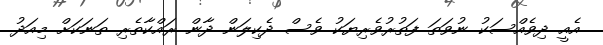
އެއީ ދިވެއްސަކު ނުވަތަ ފަތުރުވެރިޔަކު ވެސް ދެކިލަން ދާން ރައްކާތެރި ތަނަކަށް މިއަދު